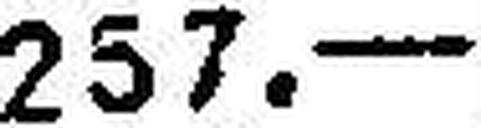
257.—